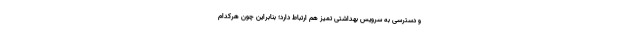
و دسترسی به سرویس بهداشتی تمیز هم ارتباط دارد؛ بنابراین چون هرکدام